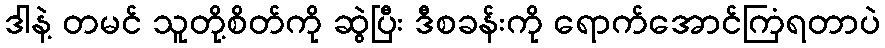
ဒါနဲ့ တမင် သူတို့စိတ်ကို ဆွဲပြီး ဒီစခန်းကို ရောက်အောင်ကြံရတာပဲ